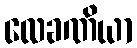
လေခဏိယာ